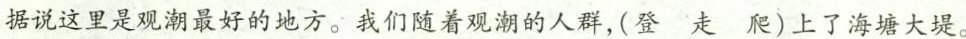
据说这里是观潮最好的地方。我们随着观潮的人群，(登 走 爬)上了海塘大堤。